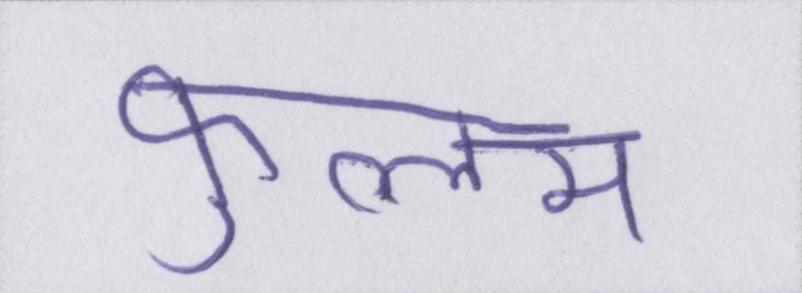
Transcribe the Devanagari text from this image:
फ़ुल्लम